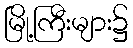
မြို့ကြီးများ၌